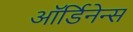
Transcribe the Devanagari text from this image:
ऑर्डिनेन्स